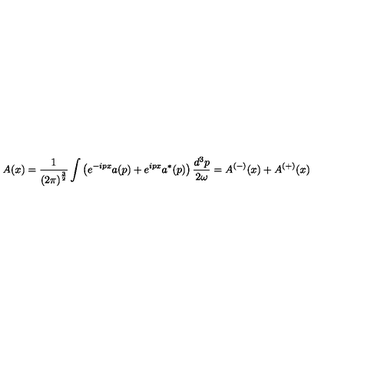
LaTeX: A ( x ) = \frac { 1 } { \left( 2 \pi \right) ^ { \frac { 3 } { 2 } } } \int \left( e ^ { - i p x } a ( p ) + e ^ { i p x } a ^ { * } ( p ) \right) \frac { d ^ { 3 } p } { 2 \omega } = A ^ { \left( - \right) } ( x ) + A ^ { ( + ) } ( x )